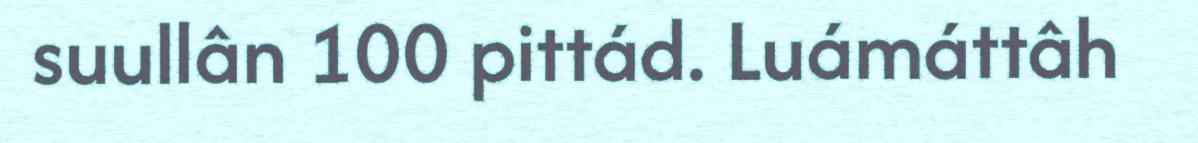
suullân 100 pittád. Luámáttâh